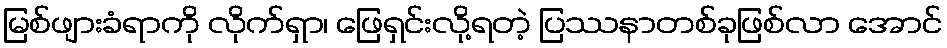
မြစ်ဖျားခံရာကို လိုက်ရှာ၊ ဖြေရှင်းလို့ရတဲ့ ပြဿနာတစ်ခုဖြစ်လာ အောင်